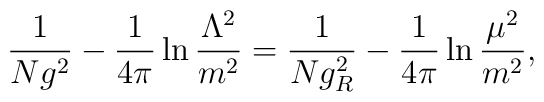
\frac{1}{Ng^2}-\frac{1}{4\pi}\ln\frac{\Lambda^2}{m^2}=\frac{1}{Ng_R^2}-\frac{1}{4\pi}\ln\frac{\mu^2}{m^2},